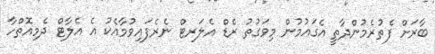
ބާރަށް ފެތުރެމުންދާތީ އެގައުމުން މިވަގުތު ރެޑް އެލަރޓް ނެރެފައިވުމާއެކު އެ އެލާޓް ދެމިއޮތްހާ